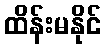
ထိန်းမနိုင်